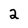
Character: 2